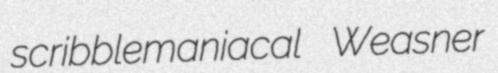
scribblemaniacal Weasner